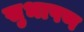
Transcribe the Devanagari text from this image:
सुभाषण